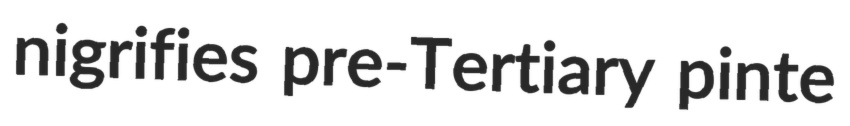
nigrifies pre-Tertiary pinte